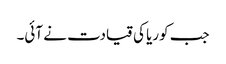
جب کوریا کی قیادت نے آئی۔